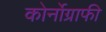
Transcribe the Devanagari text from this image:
कोर्नोग्राफी